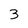
Character: 3